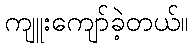
ကျူးကျော်ခဲ့တယ်။